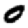
Digit: 0